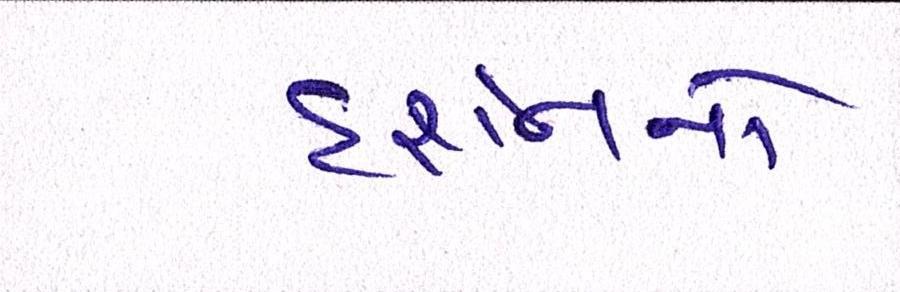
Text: દર્શનનો